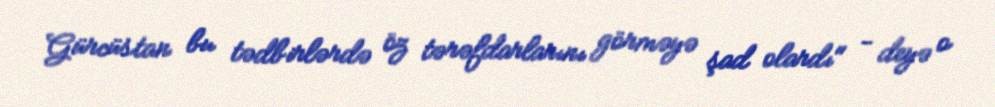
Gürcüstan bu tədbirlərdə öz tərəfdarlarını görməyə şad olardı" - deyə o